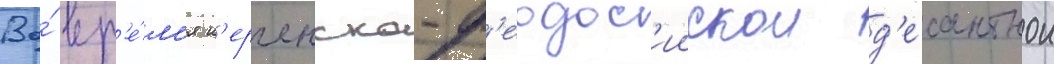
Во́ вр'е́м'я к'ерченско-ф'еодос'иискои д'есантнои